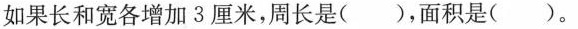
如果长和宽各增加3厘米，周长是( )，面积是( )。